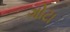
ગોટા